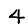
Digit: 4